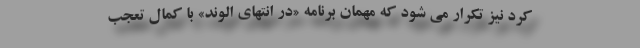
کُرد نیز تکرار می شود که مهمان برنامه «در انتهای الوند» با کمال تعجب